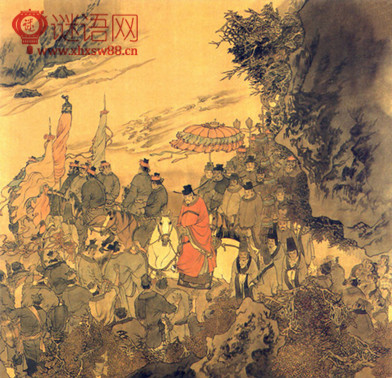
不见南师久，谩说北群空。